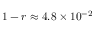
1 - r \approx 4 . 8 \times 1 0 ^ { - 2 }